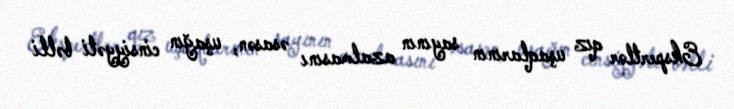
Ekspertlər qız uşaqlarının sayının azalmasını əsasən, uşağın cinsiyyəti bəlli